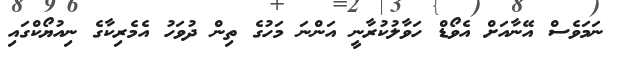
ނަމަވެސް އޭނާއަށް އެވޯޑް ހަވާލުކުރާނީ އަންނަ މަހުގެ ތިން ދުވަހު އެމެރިކާގެ ނިއުޔޯކްގައި